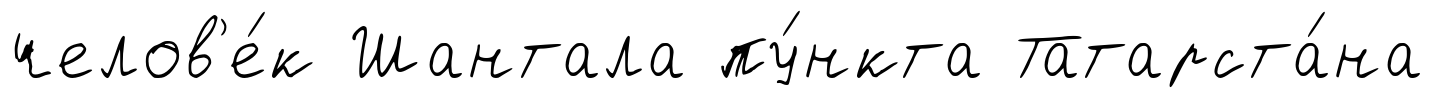
челов'е́к Шантала пу́нкта Татарста́на